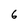
Character: 6